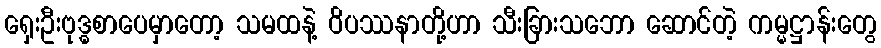
ရှေးဦးဗုဒ္ဓစာပေမှာတော့ သမထနဲ့ ဝိပဿနာတို့ဟာ သီးခြားသဘော ဆောင်တဲ့ ကမ္မဋ္ဌာန်းတွေ